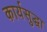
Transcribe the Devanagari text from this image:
कार्यसुद्धा